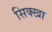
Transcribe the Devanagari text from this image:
सिक्खा